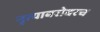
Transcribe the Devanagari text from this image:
नृत्याबरोबरच